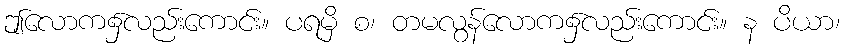
ဤလောက၌လည်းကောင်း။ ပရမှိ စ၊ တမလွန်လောက၌လည်းကောင်း။ န ပိယာ၊